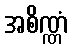
အစိဏ္ဏံ